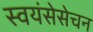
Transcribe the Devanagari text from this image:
स्वयंसेसेचन